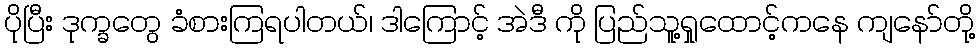
ပိုပြီး ဒုက္ခတွေ ခံစားကြရပါတယ်၊ ဒါကြောင့် အဲဒီ ကို ပြည်သူ့ရှုထောင့်ကနေ ကျနော်တို့